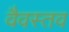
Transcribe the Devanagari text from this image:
वैवस्तव